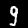
Digit: 9